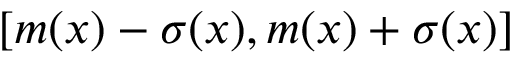
[ m ( x ) - \sigma ( x ) , m ( x ) + \sigma ( x ) ]